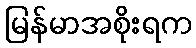
မြန်မာအစိုးရက